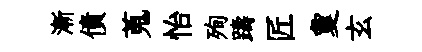
漸債蒐怡殉躊匠夐玄